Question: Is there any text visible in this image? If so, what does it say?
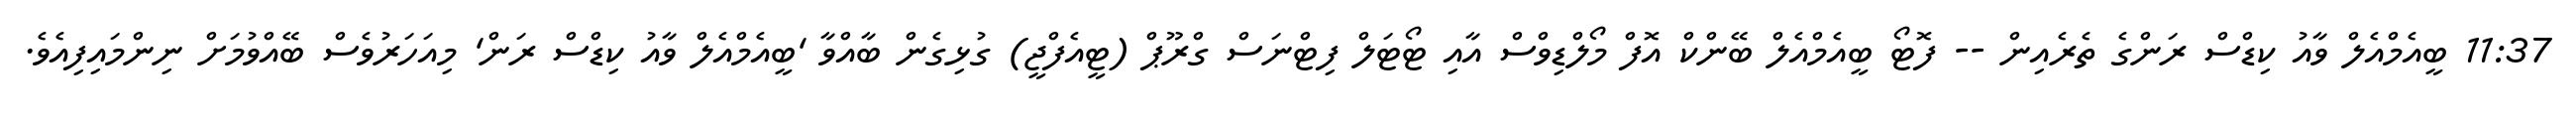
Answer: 11:37 ބީއެމްއެލް ވާއު ކިޑްސް ރަންގެ ތެރެއިން -- ފޮޓޯ ބީއެމްއެލް ބޭންކް އޮފް މޯލްޑިވްސް އާއި ޓޯޓަލް ފިޓްނަސް ގްރޫޕް (ޓީއެފްޖީ) ގުޅިގެން ބާއްވާ 'ބީއެމްއެލް ވާއު ކިޑްސް ރަން' މިއަހަރުވެސް ބޭއްވުމަށް ނިންމައިފިއެވެ.